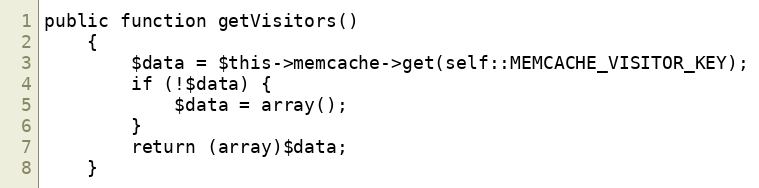
Language: PHP
public function getVisitors()
    {
        $data = $this->memcache->get(self::MEMCACHE_VISITOR_KEY);
        if (!$data) {
            $data = array();
        }
        return (array)$data;
    }